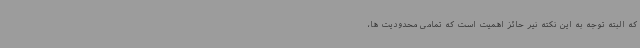
که البته توجه به این نکته نیر حائز اهمیت است که تمامی محدودیت ها،